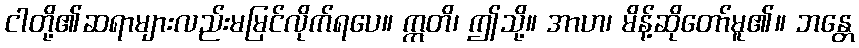
ငါတို့၏ဆရာများလည်းမမြင်လိုက်ရပေ။ ဣတိ၊ ဤသို့။ အာဟ၊ မိန့်ဆိုတော်မူ၏။ ဘန္တေ